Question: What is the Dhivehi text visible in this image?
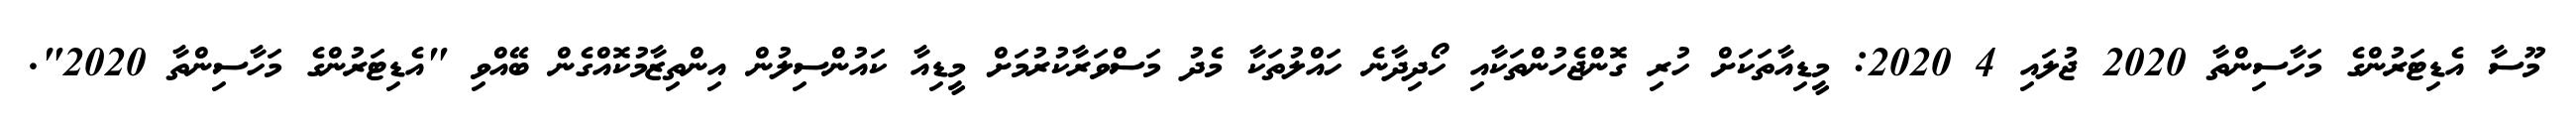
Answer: މޫސާ އެޑިޓަރުންގެ މަހާސިންތާ 2020 ޖުލައި 4 2020: މީޑިއާތަކަށް ހުރި ގޮންޖެހުންތަކާއި ހޯދިދާނެ ހައްލުތަކާ މެދު މަސްވަރާކުރުމަށް މީޑިއާ ކައުންސިލުން އިންތިޒާމުކޮއްގެން ބޭއްވި "އެޑިޓަރުންގެ މަހާސިންތާ 2020".